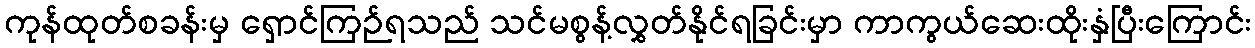
ကုန်ထုတ်စခန်းမှ ရှောင်ကြဉ်ရသည် သင်မစွန့်လွှတ်နိုင်ရခြင်းမှာ ကာကွယ်ဆေးထိုးနှံပြီးကြောင်း